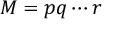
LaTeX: M = p q \cdots r